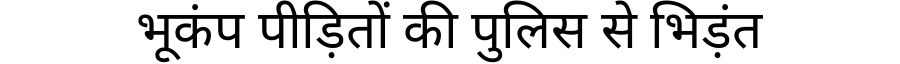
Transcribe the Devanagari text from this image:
भूकंप पीड़ितों की पुलिस से भिड़ंत